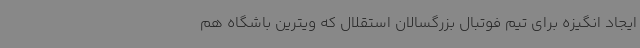
ایجاد انگیزه برای تیم فوتبال بزرگسالان استقلال که ویترین باشگاه هم